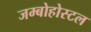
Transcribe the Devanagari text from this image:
जम्बोहोस्टल